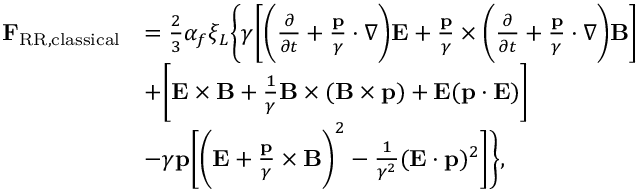
\begin{array} { r l } { \mathbf { F } _ { \mathrm { R R , c l a s s i c a l } } } & { = \frac { 2 } { 3 } \alpha _ { f } \xi _ { L } \bigg \lbrace \gamma \bigg [ \bigg ( \frac { \partial } { \partial t } + \frac { \mathbf { p } } { \gamma } \cdot \nabla \bigg ) \mathbf { E } + \frac { \mathbf { p } } { \gamma } \times \bigg ( \frac { \partial } { \partial t } + \frac { \mathbf { p } } { \gamma } \cdot \nabla \bigg ) \mathbf { B } \bigg ] } \\ & { + \bigg [ \mathbf { E } \times \mathbf { B } + \frac { 1 } { \gamma } \mathbf { B } \times ( \mathbf { B } \times \mathbf { p } ) + \mathbf { E } ( \mathbf { p \cdot E } ) \bigg ] } \\ & { - \gamma \mathbf { p } \bigg [ \bigg ( \mathbf { E } + \frac { \mathbf { p } } { \gamma } \times \mathbf { B } \bigg ) ^ { 2 } - \frac { 1 } { \gamma ^ { 2 } } ( \mathbf { E \cdot p } ) ^ { 2 } \bigg ] \bigg \rbrace , } \end{array}